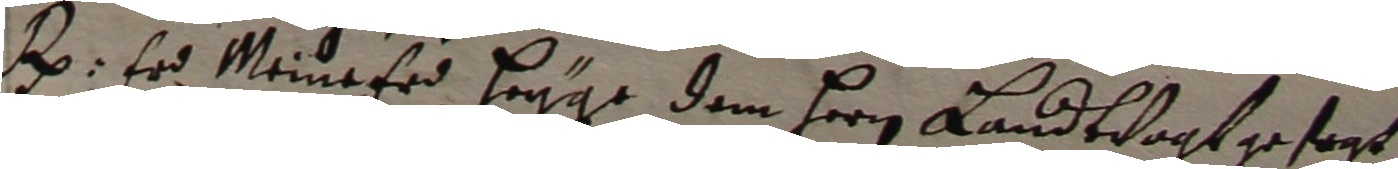
R er meinefr herige dem herren landtvogt gesort.